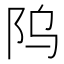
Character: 𬮻